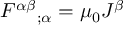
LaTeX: F ^ { \alpha \beta } { } _ { ; \alpha } = \mu _ { 0 } J ^ { \beta }